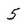
Character: 5